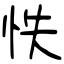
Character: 怢